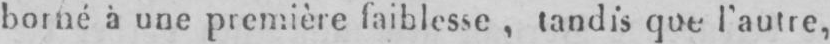
borné à une première faiblesse, tandis que l’autre,